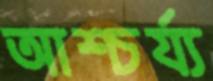
আশ্চর্য্য